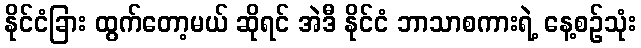
နိုင်ငံခြား ထွက်တော့မယ် ဆိုရင် အဲဒီ နိုင်ငံ ဘာသာစကားရဲ့ နေ့စဉ်သုံး